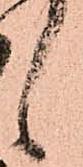
候